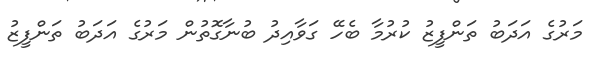
މަރުގެ އަދަބު ތަންފީޒު ކުރުމާ ބެހޭ ގަވާއިދު ބުނާގޮތުން މަރުގެ އަދަބު ތަންފީޒު